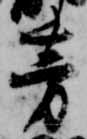
芳